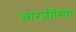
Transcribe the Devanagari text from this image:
आरजीरिया